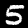
Digit: 5